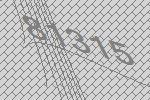
81315